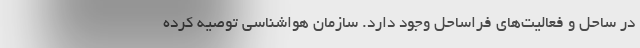
در ساحل و فعالیت‌های فراساحل وجود دارد. سازمان هواشناسی توصیه کرده